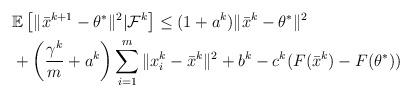
LaTeX: \begin{align*}\begin{aligned}&\mathbb{E}\left[\|\bar x^{k+1}-\theta^*\|^2|\mathcal{F}^k\right]\le (1+a^k)\|\bar x^k -\theta^*\|^2 \cr&+\left(\frac{\gamma^k}{m}+a^k\right) \sum_{i=1}^m \|x_i^k - \bar x^k\|^2 + b^k -c^k (F(\bar x^k)- F(\theta^*))\end{aligned}\end{align*}